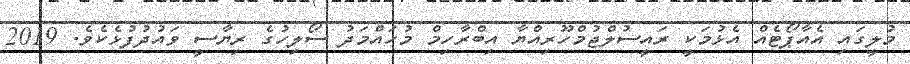
މުލީގައި އެއާޕޯޓެއް އެޅުމަކީ ރައީސުލްޖުމްހޫރިއްޔާ އިބްރާހިމް މުހައްމަދު ސޯލިހުގެ ރިޔާސީ ވައުދުފުޅެކެވެ. 2019